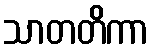
သာတတိကာ